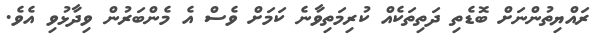
ރައްޔިތުންނަށް ބޮޑެތި ދަތިތަކެއް ކުރިމަތިވާނެ ކަމަށް ވެސް އެ މެންބަރުން ވިދާޅުވި އެވެ.